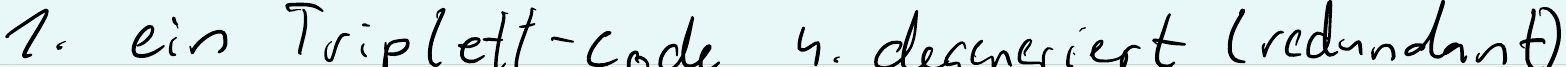
1. ein Triplett-Code 4. degeneriert (redundant)